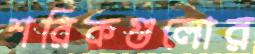
শরিকগুলোর